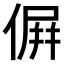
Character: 𠌸